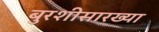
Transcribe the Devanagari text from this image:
बुरशीसारख्या